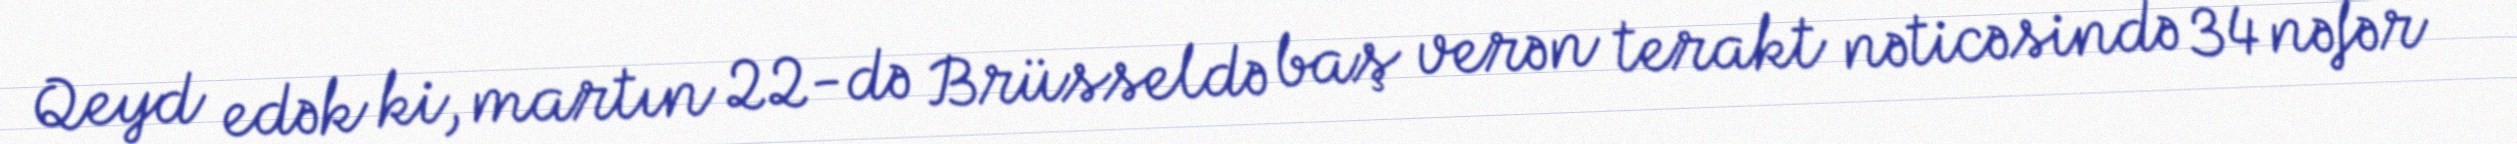
Qeyd edək ki, martın 22-də Brüsseldə baş verən terakt nəticəsində 34 nəfər